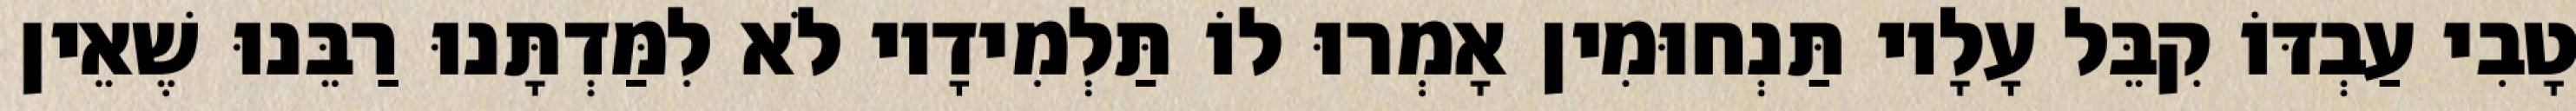
טָבִי עַבְדּוֹ קִבֵּל עָלָיו תַּנְחוּמִין אָמְרוּ לוֹ תַּלְמִידָיו לֹא לִמַּדְתָּנוּ רַבֵּנוּ שֶׁאֵין